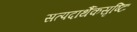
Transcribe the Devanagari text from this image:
सत्पदार्थैकसृष्टिः